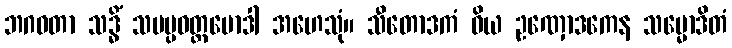
ဘဂဝတာ သဒ္ဓိံ သမပ္ပဝတ္တမောဒါ အဟေသုံ။ သီတောဒကံ ဝိယ ဥဏှောဒကေန သမ္မောဒိတံ